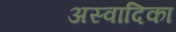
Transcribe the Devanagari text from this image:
अस्वादिका